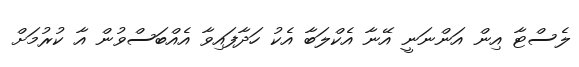
ލެސްޓާ އިން އަންނަނީ އޭނާ އެކްލަބާ އެކު ހަދާފައިވާ އެއްބަސްވުން އާ ކުރުމަށް